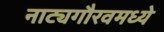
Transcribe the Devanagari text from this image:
नाट्यगौरवमध्ये